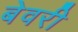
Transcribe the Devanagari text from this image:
बेवरी